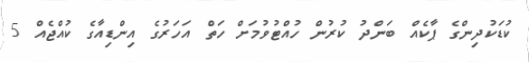
ކުޑަކުދިންގެ ޕާކެއް ބަންދު ކުރުން ހުއްޓުވުމަށް ހަތް އަހަރުގެ އިންޑިއާގެ ކުއްޖެއް 5